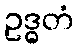
ဥဒ္ဓတံ